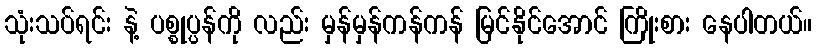
သုံးသပ်ရင်း နဲ့ ပစ္စုပ္ပန်ကို လည်း မှန်မှန်ကန်ကန် မြင်နိုင်အောင် ကြိုးစား နေပါတယ်။